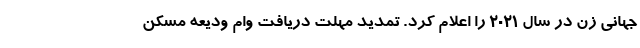
جهانی زن در سال ۲۰۲۱ را اعلام کرد. تمدید مهلت دریافت وام ودیعه مسکن